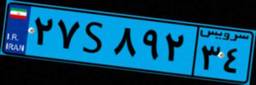
۷۴S۸۸۷۶۶